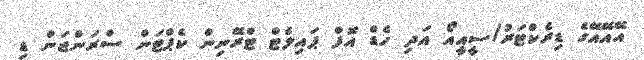
އޭއޭއޭގެ ޑިރެކްޓަރު/ސީއީއޯ އަދި ހެޑް އޮފް ޕައިލެޓް ޓްރޭނިން ކެޕްޓަން ސްރަންޖަން ޑި